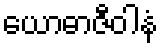
ယောဓာဇီဝါနံ